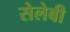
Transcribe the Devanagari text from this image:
सेलेबी